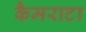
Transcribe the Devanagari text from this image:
कैमराटा